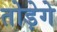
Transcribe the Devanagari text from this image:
तोड़ेगे